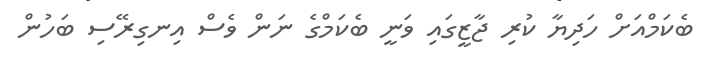
ބެކަމްއަށް ހަދިޔާ ކުރި ޖާޒީގައި ވަނީ ބެކަމްގެ ނަން ވެސް އިނގިރޭސި ބަހުން